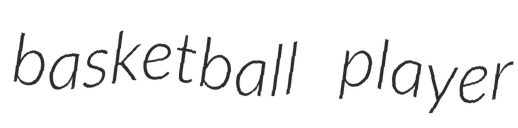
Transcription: basketball player